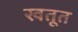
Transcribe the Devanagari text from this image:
खतूत